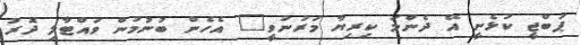
ޕަބްޖީ ކުޅެނީ އޭ ދެންމަ ކިރިޔާ މަރުނުވީ" އެހެން ބުނުމުން ވައްޓާލި ދޮރު